Report on vaccination in Madras 1922-1929 - 1922-1929
Year: 1922
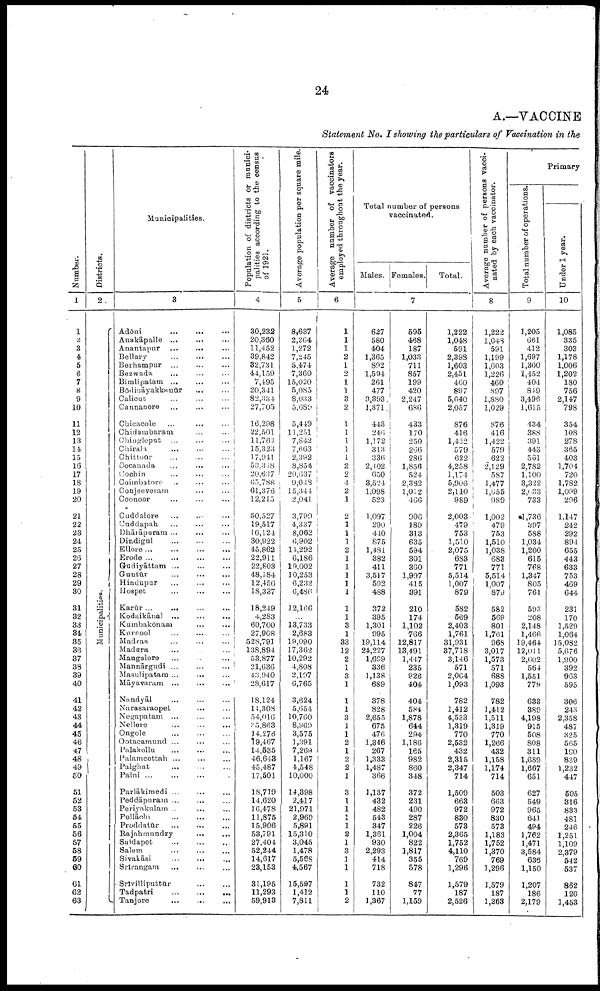
24
A.—VACCINE
Statement No. I showing the particulars of Vaccination in the
Number.
1
1
2
3
4
5
6
7
8
9
10
11
12
13
14
15
16
17
18
19
20
21
22
23
24
25
26
27
28
29
30
31
32
33
34
35
36
37
38
39
40
41
42
43
44
45
46
47
48
49
60
51
52
53
54
55
56
57
58
59
60
61
62
63
Districts.
2
Municipalities.
Municipalities.
3
Adōni
...
...
...
Anakāpalle ... ... ...
Anantapur
...
... ...
Bellary ... ... ...
Berhampur ... ... ...
Bezwada ... ... ...
Bimlipatam ... ... ...
Bōdināyakkanūr ... ...
Calicut ... ... ...
Cannanore ... ... ...
Chicacole ... ... ...
Chidambaram ... ...
Chingleput ... ... ...
Chirala
...
...
...
Chittoor
...
...
...
Cocanada ... ... ...
Cochin ... ... ...
Coimbatore ... ... ...
Conjeeveram ... ...
Coonoor ... ... ...
Cuddalore ... ... ...
Cuddapah ... ... ...
Dhārāpuram ... ... ...
Dindigul
...
...
...
Ellore
...
...
...
...
Erode ... ... ... ...
Gudiyāttam ... ... ...
Guntūr
...
...
...
Hindupar ... ... ...
Hospet ... ... ...
Karur...
... ... ...
Kodaikānal ... ... ...
Kumbakōnam ... ...
Kurnool ... ... ...
Madras ... ... ...
Madura ... ...
Mangalore ... ... ...
Mannārgudi ... ... ...
Masulipatam ... ... ...
Māyavaram ... ... ...
Nandyāl ... ... ...
Narasaraopet
... ...
Negapatam ... ... ...
Nellore ... ... ...
Ongole ... ... ...
Ootacamund ... ... ...
Palakollu ... ... ...
Palamcottah ... ... ...
Palghat ... ... ...
Palni
...
...
...
Parlākimedi ... ... ...
Peddāpuram ... ... ...
Periyakulam ...
... ...
Pollāchi
...
...
...
Proddatūr ... ... ...
Rajah mundry ... ...
Saidapet ... ... ...
Salem ... ... ...
Sivakāsi
...
...
...
Srīrangam
... ... ...
Srīvilliputtūr ... ...
Tadpatri
...
...
...
Tanjore
...
...
...
Population of districts or munici¬
palities according to the census
of 1921.
4
30,232
20,360
11,452
39,842
32,731
44,159
7,495
20,341
82,334
27,705
16,298
22,501
11,763
15,323
17,941
53,338
20,637
65,788
61,376
12,215
50,527
19,517
16,124
30,922
45,862
22,911
22,803
48,2 84
12,450
18,337
18,249
4,283
60,700
27,908
528,791
138,894
53,877
21,636
43,940
28,617
18,124
11,308
54,016
25,863
14,276
19,467
14,635
46,648
45,487
17,501
18,719
14,620
16,478
11,875
15,906
53,791
27,404
52,244
14,617
23,153
31,195
11,293
59,913
Average population per square mile.
5
8,637
2,264
1,272
7,245
5,474
7,360
15,020
5,085
8,033
5,689
5,449
11,251
7,842
7,663
2,392
8,854
20,037
9,048
15,344
2,041
3,790
4,337
8,062
6,902
14,292
6,186
19,002
10,253
6,232
6,486
12,166
...
13,733
2,683
19,090
17,362
10,292
4,808
2,197
6,765
3,624
5,654
10,760
8,969
3,575
1,391
7,269
1,167
4,548
10,000
14,398
2,417
21,971
2,969
5,891
15,310
3,045
1,478
5,668
4,567
15,597
1,412
7,811
Average number of vaccinators
employed throughout the year.
6
1
1
1
2
1
2
1
1
3
2
1
1
1
1
1
2
2
4
2
1
2
1
1
1
2
1
1
1
1
1
1
1
3
1
33
12
2
1
3
1
1
1
3
1
1
2
1
2
2
1
3
1
1
1
1 2
1
3
1
1
1
1
2
Total number of persons
vaccinated.
Males. Females.
Total.
7
627
580
404
1,365
892
1,594
261
477
3,393
1,371
443
246
1,172
313
336
2,402
650
3,524
1,098
523
1,097
290
410
875
1,481
382
411
3,517
592
488
372
395
1,301
995
19,114
24,227
1,699
336
1,138
689
378
828
2,655
675
476
1,846
267
1,333
1,487
366
1,137
432
482
543
347
1,361
930
2,293
414
718
732
110
1,367
595
468
187
1,033
711
857
199
420
2,247
686
433
170
250
266
286
1,856
524
2,382
1,012
466
906
189
313
635
594
301
360
1,997
415
391
210
174
1,102
766
12,817
13,491
1,447
235
926
404
404
584
1,878
644
294
1,186
165
982
860
348
372
231
490
287
226
1,004
822
1,817
355
578
847
77
1,159
1,222
1,048
591
2,398
1,603
2,451
460
897
5,640
2,057
876
416
1,422
579
622
4,258
1,174
5,906
2,110
989
2,003
479
753
1,510
2,075
683
771
5,514
1,007
879
582
569
2,403
1,761
31,931
37,718
3,146
571
2,064
1,093
782
1,412
4,533
1,319
770
2,532
432
2,315
2,347
714
1,509
663
972
880
573
2,365
1,752
4,110
769
1,296
1,579
187
2,526
Average number of persons vacci¬
nated by each vaccinator.
8
1,222
1,048
591
1,199
1,603
1,226
460
897
1,880
1,029
876
416
1,422
579
622
2,129
587
1,477
1,055
989
1,002
479
753
1,510
1,038
683
771
5,514
1,007
879
582
569
801
1,761
968
3,017
1,573
571
688
1,093
782
1,412
1,511
1,319
770
1,266
432
1,158
1,174
714
503
663
972
830
573
1,183
1,752
1,370
769
1,296
1,579
187
1,263
Primary
Total number of operations.
9
1,205
661
412
1,697
1,300
1,452
404
819
3,496
1,615
434
388
391
443
561
2,782
1,100
3,322
2,633
733
1,736
397
588
1,034
1,200
615
768
1,347
805
761
593
208
2,148
1,466
19,464
12,011
2,602
564
1,551
779
633
389
4,198
915
508
808
311
1,689
1,667
651
627
549
965
641
494
1,762
1,471
3,584
636
1,150
1,207
186
2,179
Under 1 year.
10
1,085
335
303
1,178
1,006
1,202
180
756
2,147
798
354
108
278
365
403
1,704
720
1,782
1,099
296
1,147
242
292
894
655
443
633
753
469
644
231
170
1,529
1,064
15,082
5,676
1,900
392
963
595
306
243
2,358
487
325
565
180
839
1,232
447
505
316
833
481
246
1,251
1,109
2,379
542
537
862
120
1,453